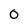
Character: 0